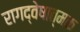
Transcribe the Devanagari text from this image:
रागद्वेषात्मक